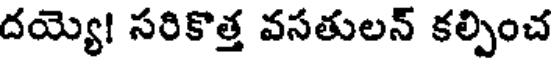
దయ్యె! సరికొత్త వసతులన్ కల్పించ